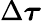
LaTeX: \Delta\boldsymbol{\tau}